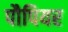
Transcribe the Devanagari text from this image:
पौपियर